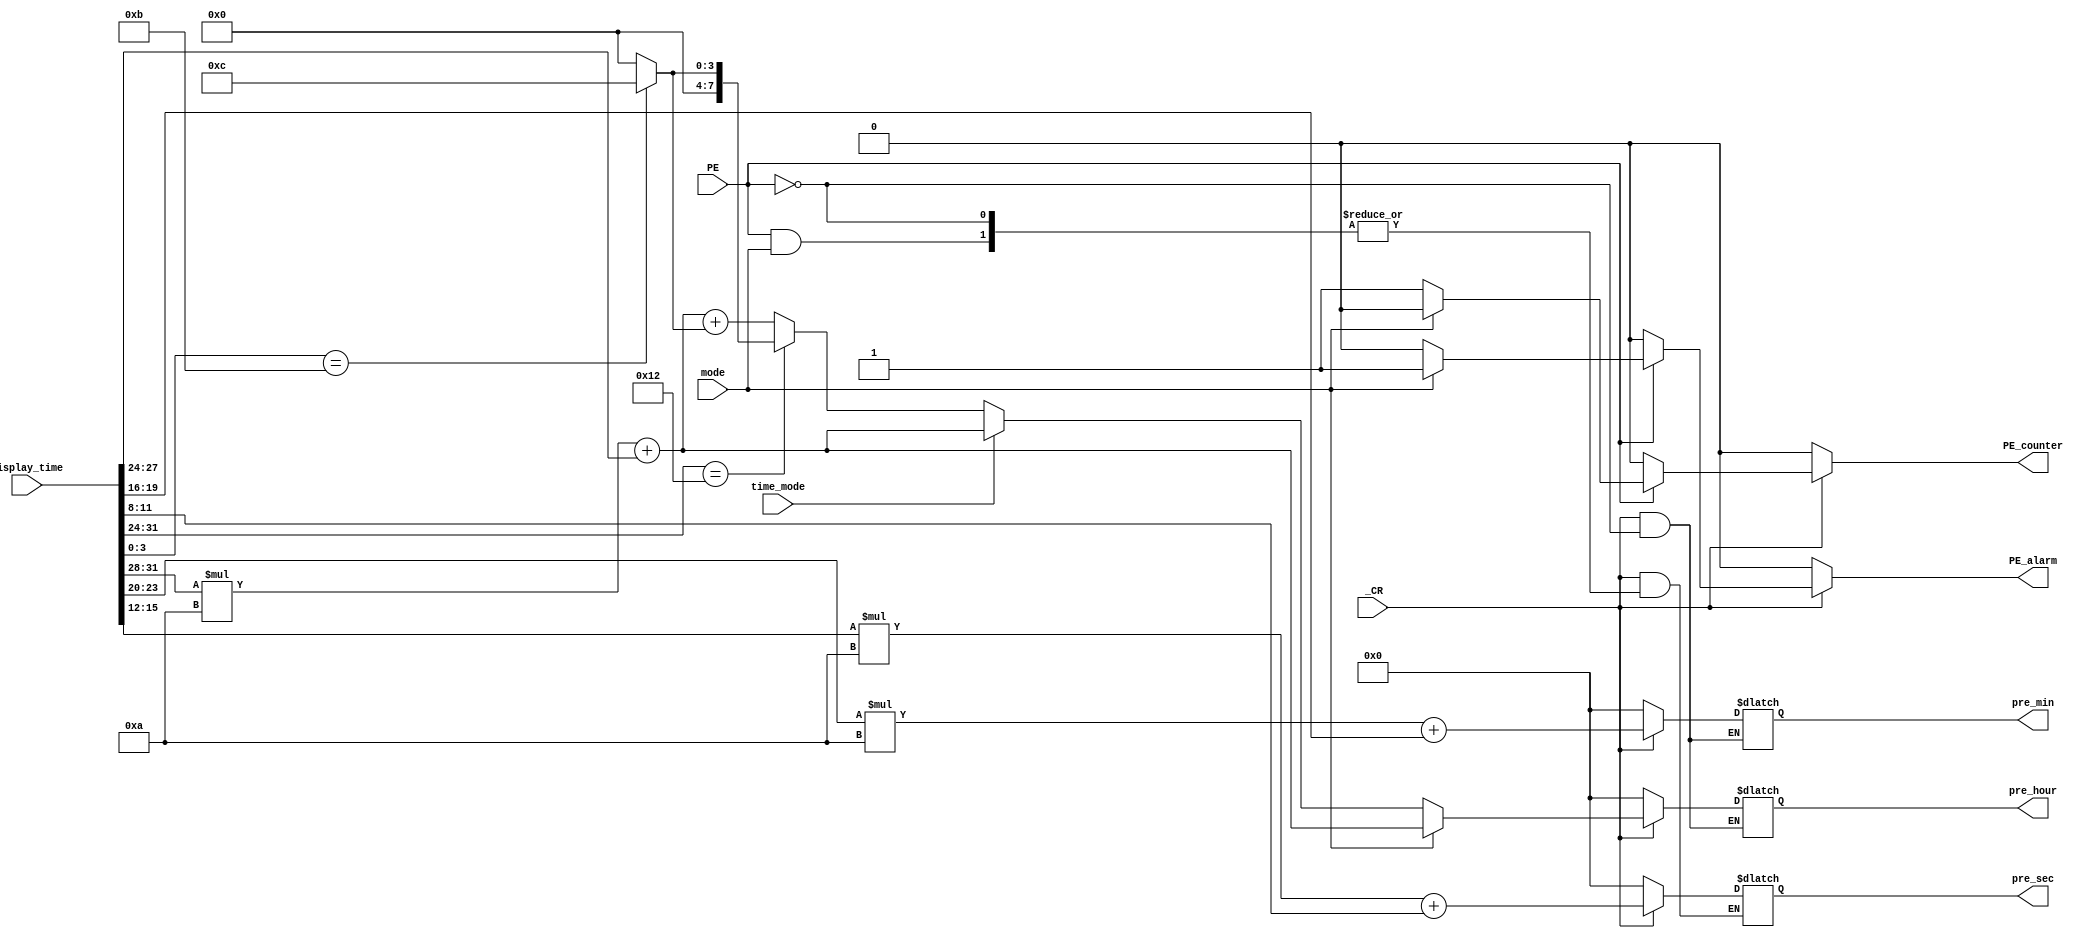
module splitter(
    input _CR,
    input [31:0] display_time,
    input time_mode,
    input mode,
    input PE,
    output reg [7:0] pre_sec,
    output reg [7:0] pre_min,
    output reg [7:0] pre_hour,
    output reg PE_alarm,
    output reg PE_counter
    );

    parameter s0 = 4'b0000,
              s1 = 4'b0001,
              s2 = 4'b0010,
              s3 = 4'b0011,
              s4 = 4'b0100,
              s5 = 4'b0101,
              s6 = 4'b0110,
              s7 = 4'b0111,
              s8 = 4'b1000,
              s9 = 4'b1001,
              sA = 4'b1010,
              sP = 4'b1011,
              sB = 4'b1100,
              sE = 4'b1101,
              sL = 4'b1110,
              sExcept = 4'b1111;

    always @(*) begin
        if(~_CR) begin
            pre_sec <= 0;
            pre_min <= 0;
            pre_hour <= 0;
            PE_alarm <= 0;
            PE_counter <= 0;
        end
        else if(PE) begin
            if(mode) begin  //alarm mode
                pre_hour <= display_time[31:28]*10 + display_time[27:24];
                pre_min <= display_time[23:20]*10 + display_time[19:16];
                PE_counter <= 0;
                PE_alarm <= 1;
            end
            else begin      //clock mode
                if(time_mode) begin     //24 hour
                    pre_hour <= display_time[31:28]*10 + display_time[27:24];
                end
                else begin              //12 hour
                    if(display_time[31:24] == {s1,s2}) begin
                        pre_hour <= display_time[3:0] == sP ? 4'd12 : 4'd0;
                    end
                    else begin
                        pre_hour <= display_time[31:28]*10 + display_time[27:24] + (display_time[3:0] == sP ? 4'd12 : 4'd0);
                    end
                end
                // set min and sec
                pre_min <= display_time[23:20]*10 + display_time[19:16];
                pre_sec <= display_time[15:12]*10 + display_time[11:8];
                PE_alarm <= 0;
                PE_counter <= 1;
            end
        end
        else begin
            PE_alarm <= 0;
            PE_counter <= 0;
        end
    end

endmodule